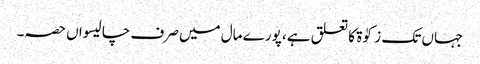
جہاں تک زکوٰۃ کا تعلق ہے، پورے مال میں صرف چالیسواں حصہ۔